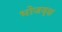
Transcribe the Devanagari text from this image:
भोजवृक्ष